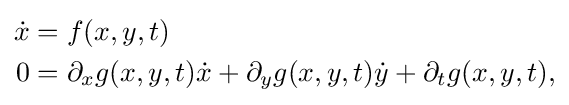
{\begin{aligned}{\dot {x}}&=f(x,y,t)\\0&=\partial _{x}g(x,y,t){\dot {x}}+\partial _{y}g(x,y,t){\dot {y}}+\partial _{t}g(x,y,t),\end{aligned}}